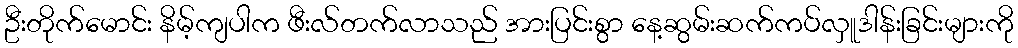
ဦးတိုက်မောင်း နိမ့်ကျပါက ဖီးလ်တက်လာသည် အားပြင်းစွာ နေ့ဆွမ်းဆက်ကပ်လှူဒါန်းခြင်းများကို